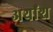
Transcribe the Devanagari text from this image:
अर्थांश